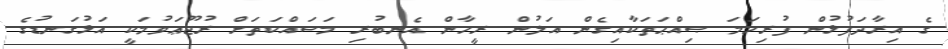
ގެ އިރާދަފުޅުން ފުރިހަމަ ޞިއްޙަތަކާއިގެން އަލުން ރީހާން އެނބުރި މަސައްކަތަށް ރުޖޫޢަވުމަކީ އަޅުގަނޑުގެ